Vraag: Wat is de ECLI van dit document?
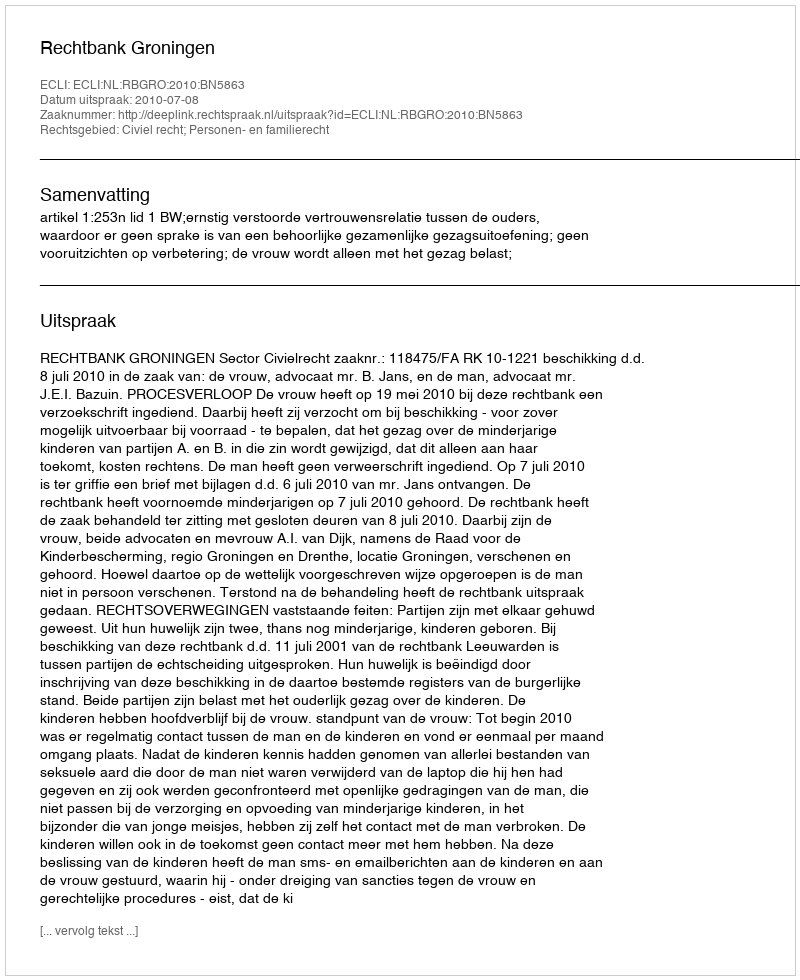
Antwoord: ECLI:NL:RBGRO:2010:BN5863